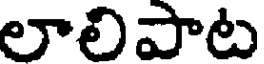
లాలిపాట